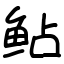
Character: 鲇